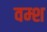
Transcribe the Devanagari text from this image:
वम्श